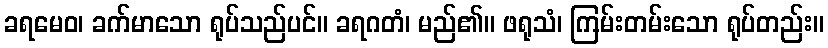
ခရမေဝ၊ ခက်မာသော ရုပ်သည်ပင်။ ခရဂတံ၊ မည်၏။ ဖရုသံ၊ ကြမ်းတမ်းသော ရုပ်တည်း။